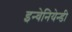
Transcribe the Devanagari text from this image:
इन्वेनियेन्डी